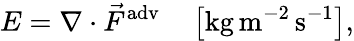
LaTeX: E=\nabla\cdot\vec{F}^{\mathrm{adv}}\quad\left[\mathrm{kg}\, \mathrm{m}^{-2}\, \mathrm{s}^{-1}\right],